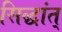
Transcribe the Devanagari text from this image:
सिद्धांत्‌